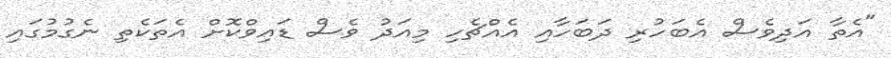
"އެތާ އަދިވެސް އެބަހުރި ދަބަހާއި އެއްޗެހި މިއަދު ވެސް ޑައިވްކޮށް އެތަކެތި ނެގުމުގައި